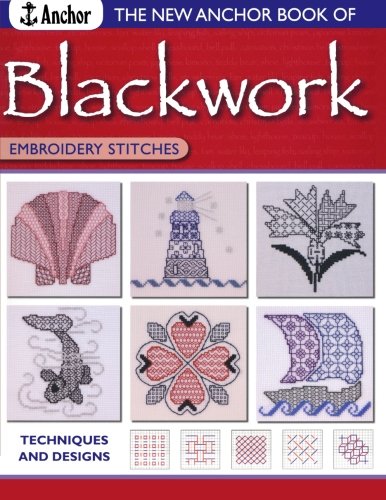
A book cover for New Anchor Book of Blackwork Embroidery Stitches; Anchor Book; Crafts, Hobbies & Home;